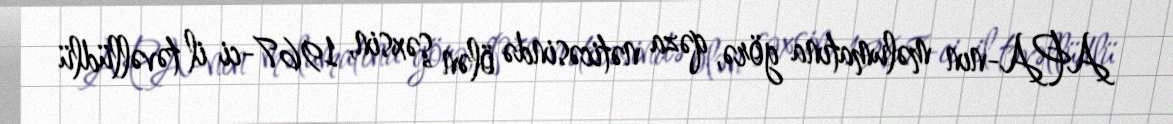
APA-nın məlumatına görə, qəza nəticəsində ölən şəxsin, 1967-ci il təvəllüdlü